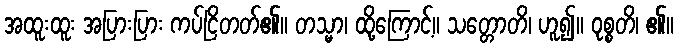
အထူးထူး အပြားပြား ကပ်ငြိတတ်၏။ တသ္မာ၊ ထို့ကြောင့်။ သတ္တောတိ၊ ဟူ၍။ ဝုစ္စတိ၊ ၏။